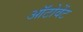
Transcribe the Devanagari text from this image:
ऑटोवेंट